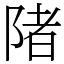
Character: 陼